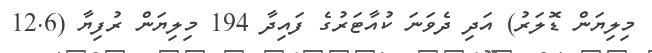
މިލިޔަން ޑޮލަރު) އަދި ދެވަނަ ކުއާޓަރުގެ ފައިދާ 194 މިލިޔަން ރުފިޔާ (12.6